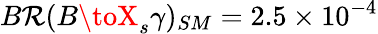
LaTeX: B\mathcal{R}(B\toX_{s}\gamma)_{SM}=2.5\times10^{-4}